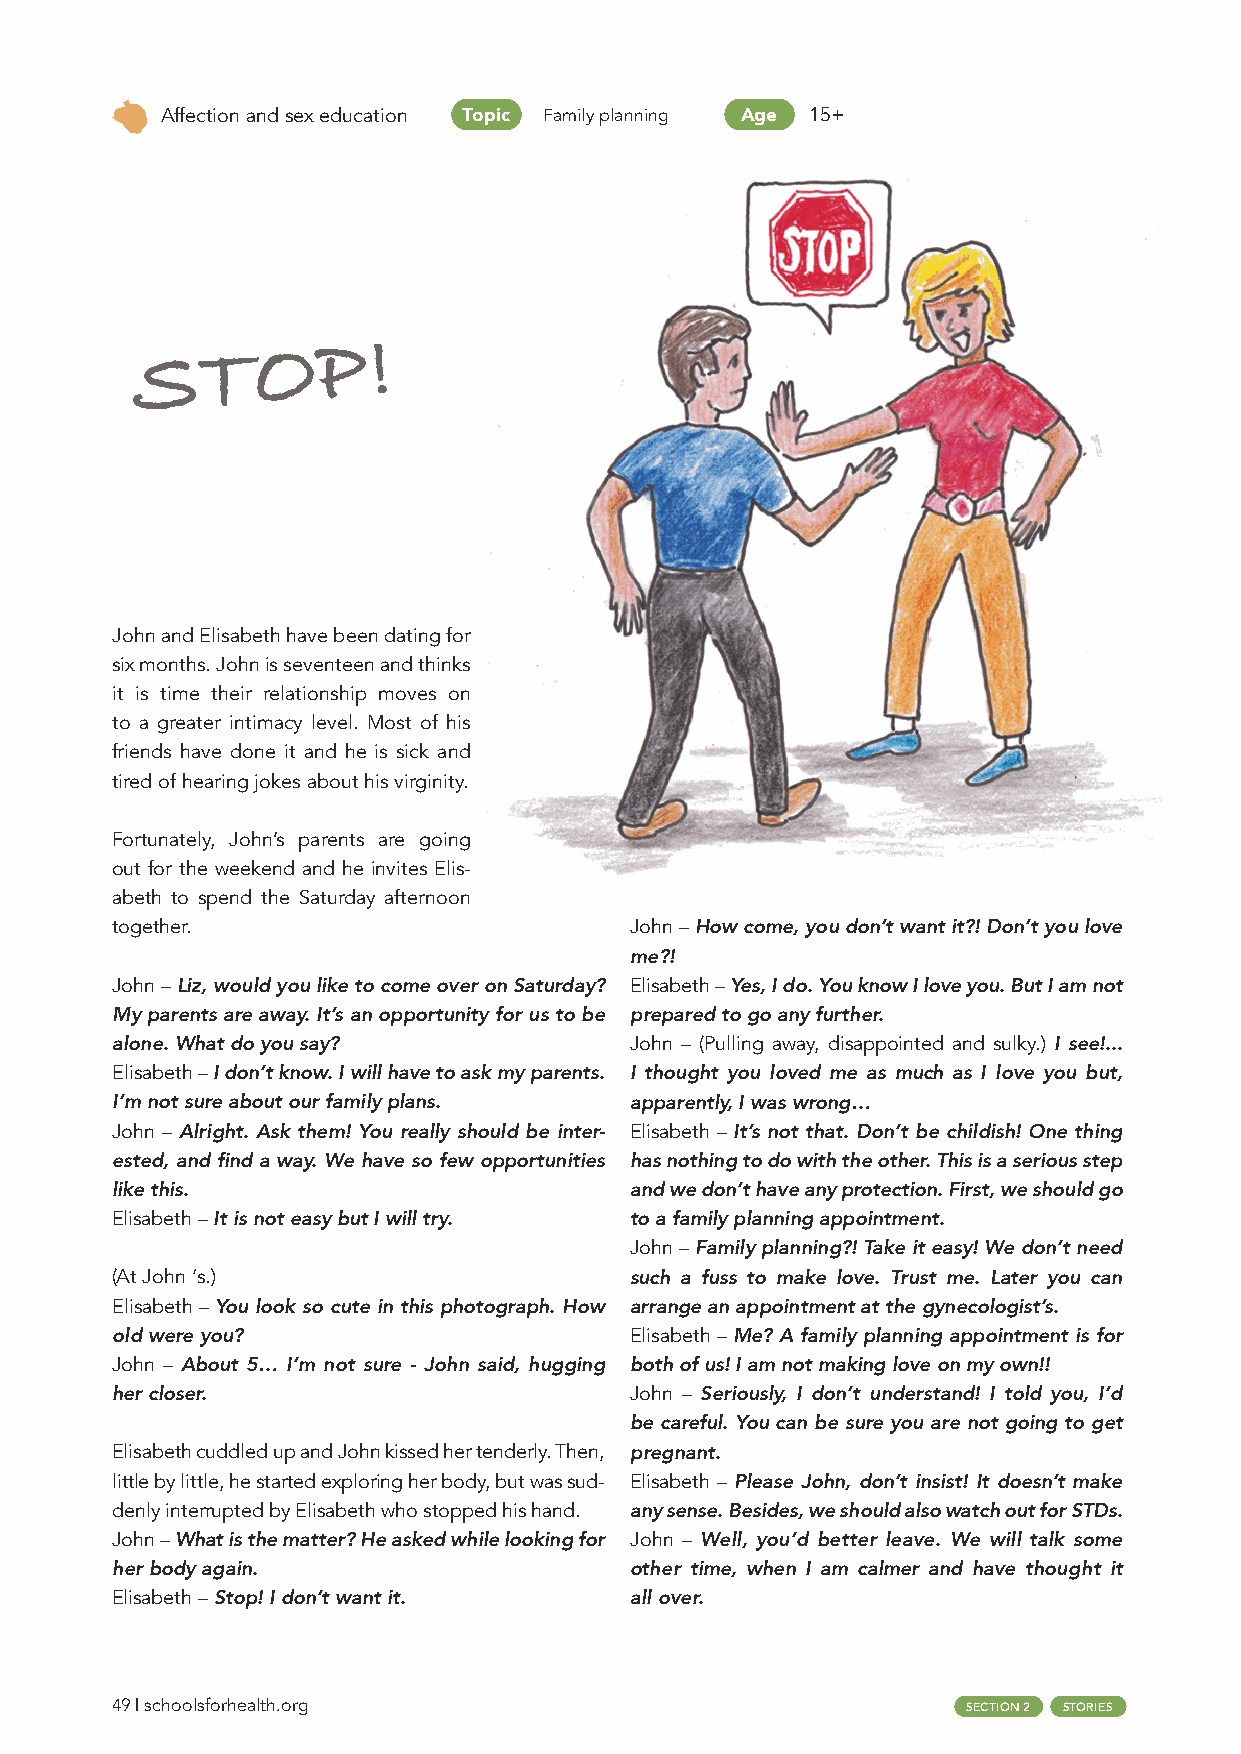
Affection and sex education Topic Family planning Age 15+
 S   T   O   P   !
 John and Elisabeth have been dating for
 six months. John is seventeen and thinks
 it is time their relationship moves on
 to a greater intimacy level. Most of his
 friends have done it and he is sick and
 tired of hearing jokes about his virginity.
 Fortunately, John’s parents are going
 out for the weekend and he invites Elis-
 abeth to spend the Saturday afternoon
 together.                          John – How come, you don’t want it?! Don’t you love
 me?!
 John – Liz, would you like to come over on Saturday? Elisabeth – Yes, I do. You know I love you. But I am not
 My parents are away. It’s an opportunity for us to be prepared to go any further.
 alone. What do you say?            John – (Pulling away, disappointed and sulky.) I see!...
 Elisabeth – I don’t know. I will have to ask my parents. I thought you loved me as much as I love you but,
 I’m not sure about our family plans. apparently, I was wrong…
 John – Alright. Ask them! You really should be inter- Elisabeth – It’s not that. Don’t be childish! One thing
 ested, and find a way. We have so few opportunities has nothing to do with the other. This is a serious step
 like this.                         and we don’t have any protection. First, we should go
 Elisabeth – It is not easy but I will try. to a family planning appointment.
 John – Family planning?! Take it easy! We don’t need
 (At John ‘s.)                      such a fuss to make love. Trust me. Later you can
 Elisabeth – You look so cute in this photograph. How arrange an appointment at the gynecologist’s.
 old were you?                      Elisabeth – Me? A family planning appointment is for
 John – About 5… I’m not sure - John said, hugging both of us! I am not making love on my own!!
 her closer.                        John – Seriously, I don’t understand! I told you, I’d
 be careful. You can be sure you are not going to get
 Elisabeth cuddled up and John kissed her tenderly. Then, pregnant.
 little by little, he started exploring her body, but was sud- Elisabeth – Please John, don’t insist! It doesn’t make
 denly interrupted by Elisabeth who stopped his hand. any sense. Besides, we should also watch out for STDs.
 John – What is the matter? He asked while looking for John – Well, you’d better leave. We will talk some
 her body again.                    other time, when I am calmer and have thought it
 Elisabeth – Stop! I don’t want it. all over.
 49 | schoolsforhealth.org                                SECTION 2 STORIES